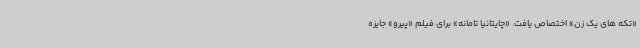
«تکه های یک زن» اختصاص یافت. «چایتانیا تامانه» برای فیلم «پیرو» جایزه